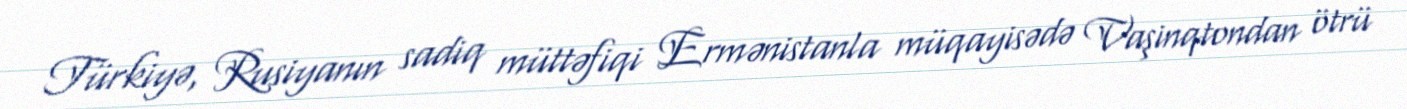
Türkiyə, Rusiyanın sadiq müttəfiqi Ermənistanla müqayisədə Vaşinqtondan ötrü